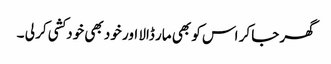
گھر جا کر اس کو بھی مار ڈالا اور خود بھی خودکشی کر لی ۔